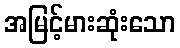
အမြင့်မားဆုံးသော